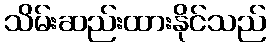
သိမ်းဆည်းထားနိုင်သည်